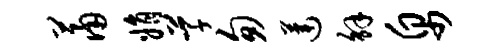
萧娟草匆莲解帛